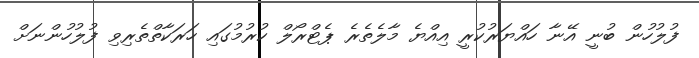
ފުލުހުން ބުނީ އޭނާ ހައްޔަރުކުރީ އިއްޔެ މާލެތެރެ ޕެޓްރޯލް ކުރުމުގައި ހަަރަކާތްތެރިވި ފުލުހުންނަށް